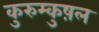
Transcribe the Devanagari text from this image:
कुरुम्कुष़ल